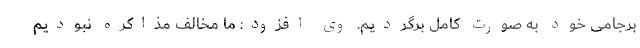
برجامی خود به صورت کامل برگردیم. وی افزود: ما مخالف مذاکره نبودیم